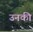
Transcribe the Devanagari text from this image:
उनकी